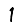
Digit: 1